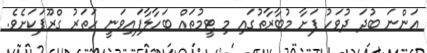
އަންނަ ބުދަ ދުވަހު ފަށާ މުބާރާތުގައި މި ޓީމުތައް ބަހާލާފައިވަނީ ހަތަރު ގްރޫޕަކަށެވެ.